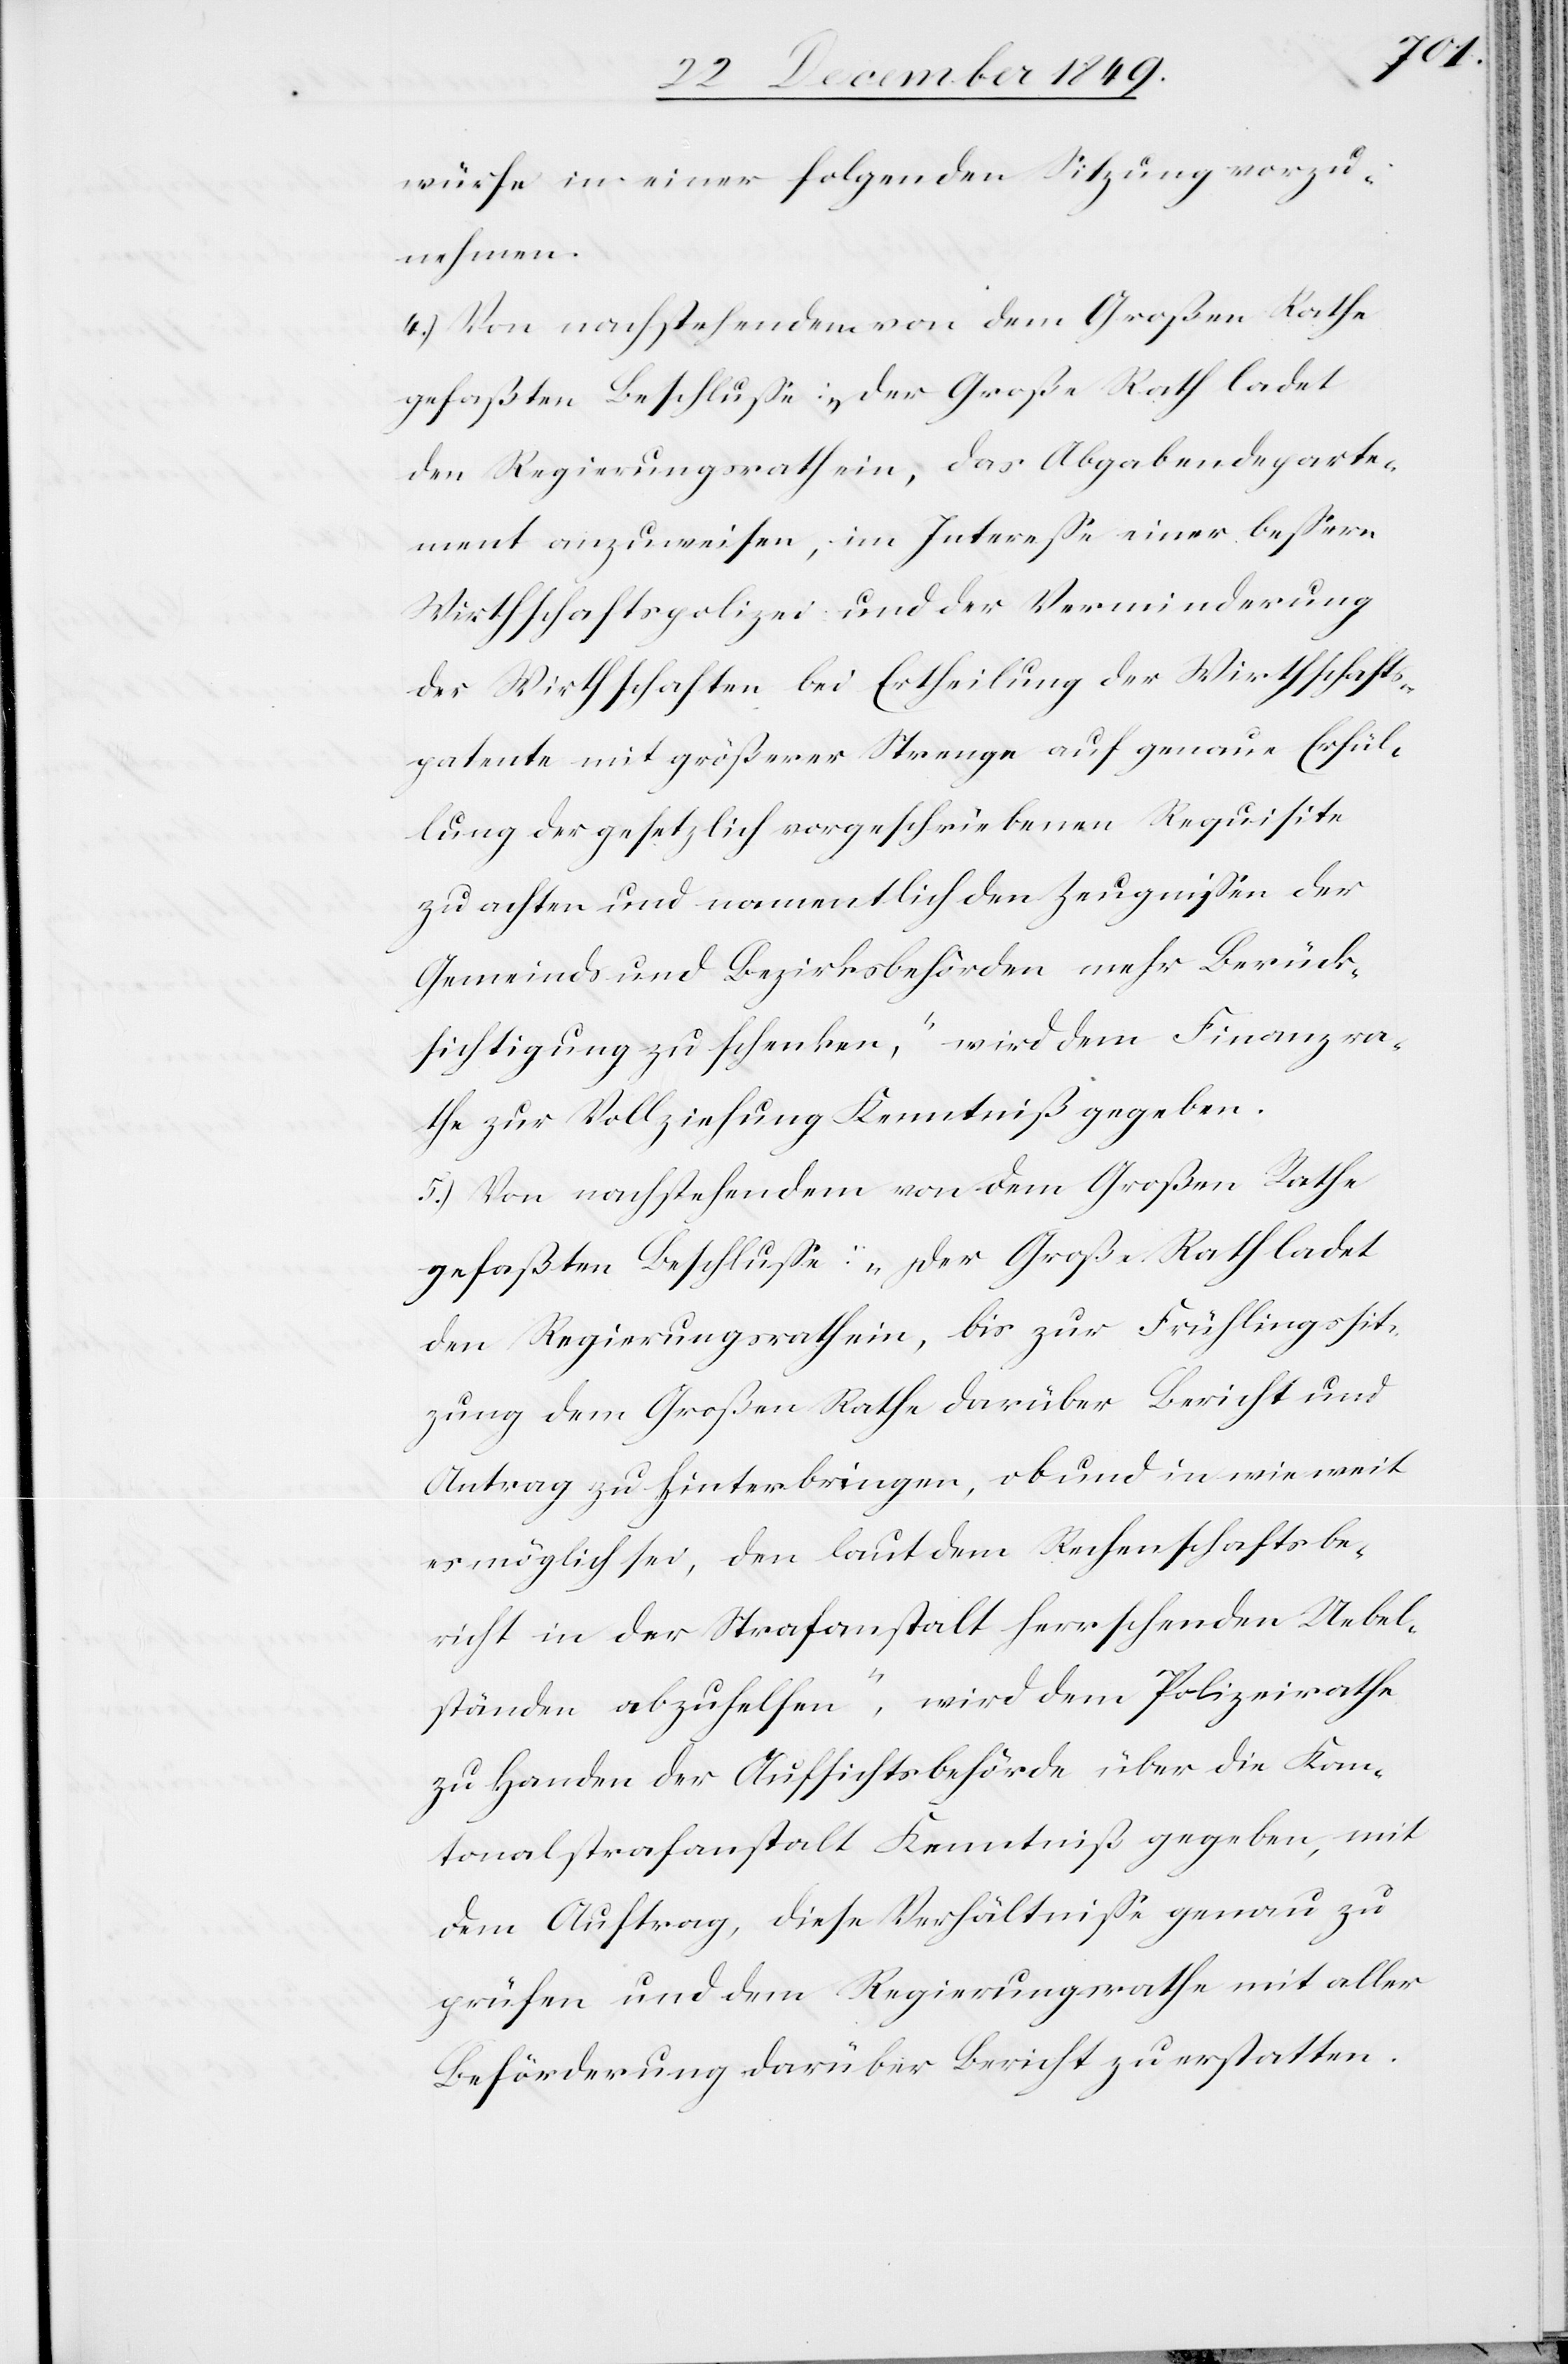
würfe in einer folgenden Sitzung vorzu¬
nehmen.
4.) Von nachstehendem von dem Großen Rathe
den Regierungsrath ein, das Abgabendeparte¬
ment anzuweisen, im Intereße einer beßern
Wirthschaftspolizei und der Verminderung
der Wirthschaften bei Ertheilung der Wirthschafts¬
patente mit größerer Strenge auf genaue Erfül¬
lung der gesetzlich vorgeschriebenen Requisite
zu achten und namentlich den Zeugnißen der
Gemeinds- und Bezirksbehörden mehr Berück¬
sichtigung zu schenken,“ wird dem Finanzra¬
the zur Vollziehung Kenntniß gegeben.
5.) Von nachstehendem von dem Großen Rathe
gefaßten Beschluß: „Der Große Rath ladet
den Regierungsrath ein, bis zur Frühlingssit¬
zung dem Große Rathe darüber Bericht und
Antrag zu hinterbringen, ob und in wie weit
es möglich sei, den laut dem Rechenschaftsbe¬
richt in der Strafanstalt herrschenden Uebel¬
ständen abzuhelfen“, wird dem Polizeirathe
zu Handen der Aufsichtsbehörde über die Kan¬
tonalstrafanstalt Kenntniß gegeben, mit
dem Auftrag, diese Verhältniße genau zu
prüfen und dem Regierungsrathe mit aller
Beförderung darüber Bericht zu erstatten.